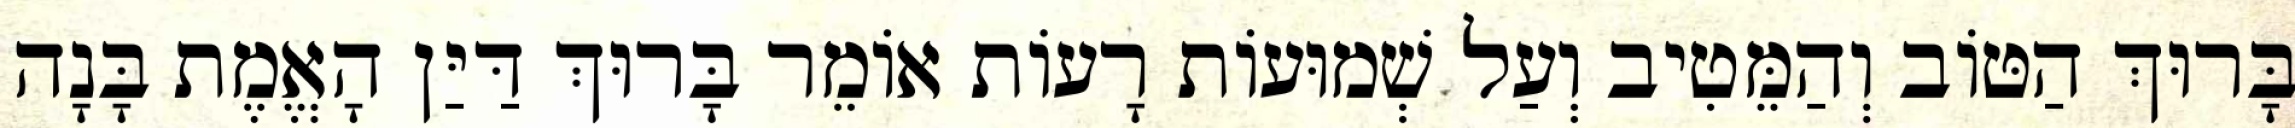
בָּרוּךְ הַטּוֹב וְהַמֵּטִיב וְעַל שְׁמוּעוֹת רָעוֹת אוֹמֵר בָּרוּךְ דַּיַּן הָאֱמֶת בָּנָה